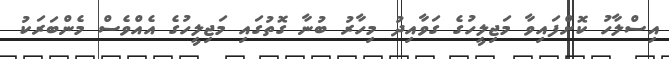
އިސްލާހު ކޮށްފައިވާ މަޖިލީހުގެ ގަވާއިދު މިހާރު ބުނާ ގޮތުގައި މަޖިލީހުގެ އެއްވެސް މެންބަރަކު